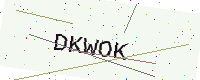
Text: DKWOK